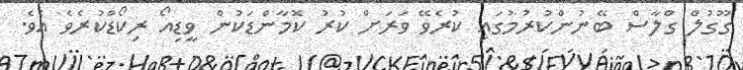
ގޫގުލް ގްލާސް ބޭނުންކުރުމުގައި ކުރެވޭ ވަރަށް ކުރު ކޮމާންޑަކުން ވީޑިއޯ ރިކޯޑްކުރެވެ އެވެ.